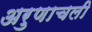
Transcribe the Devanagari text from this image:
अरुणाचली